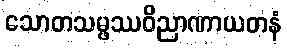
သောတသမ္ဖဿဝိညာဏာယတနံ